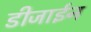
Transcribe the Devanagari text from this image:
डीजाईन